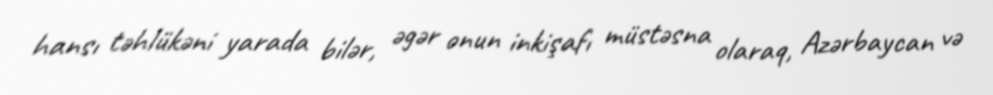
hansı təhlükəni yarada bilər, əgər onun inkişafı müstəsna olaraq, Azərbaycan və